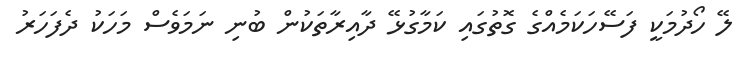
ލޭ ހޯދުމަކީ ފަސޭހަކަމެއްގެ ގޮތުގައި ކަމާގުޅޭ ދާއިރާތަކުން ބުނި ނަމަވެސް މަހަކު ދެފަހަރު